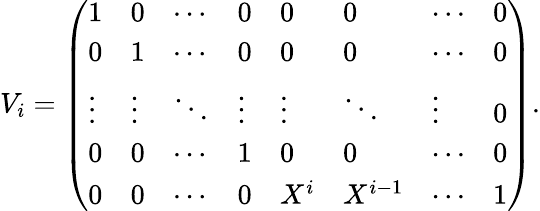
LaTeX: V_{i}={\left(\begin{array}{llllllll}{1}&{0}&{\cdots}&{0}&{0}&{0}&{\cdots}&{0}\\ {0}&{1}&{\cdots}&{0}&{0}&{0}&{\cdots}&{0}\\ {\vdots}&{\vdots}&{\ddots}&{\vdots}&{\vdots}&{\ddots}&{\vdots}&{0}\\ {0}&{0}&{\cdots}&{1}&{0}&{0}&{\cdots}&{0}\\ {0}&{0}&{\cdots}&{0}&{X^{i}}&{X^{i-1}}&{\cdots}&{1}\end{array}\right)}.